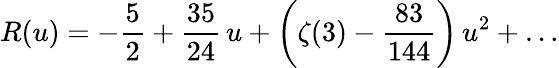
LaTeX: R(u)=-{\frac{5}{2}}+{\frac{35}{24}}\, u+\bigg(\zeta(3)-{\frac{83}{144}}\bigg)\, u^{2}+\dots